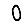
Digit: 0